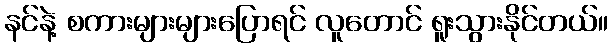
နင်နဲ့ စကားများများပြောရင် လူတောင် ရူးသွားနိုင်တယ်။